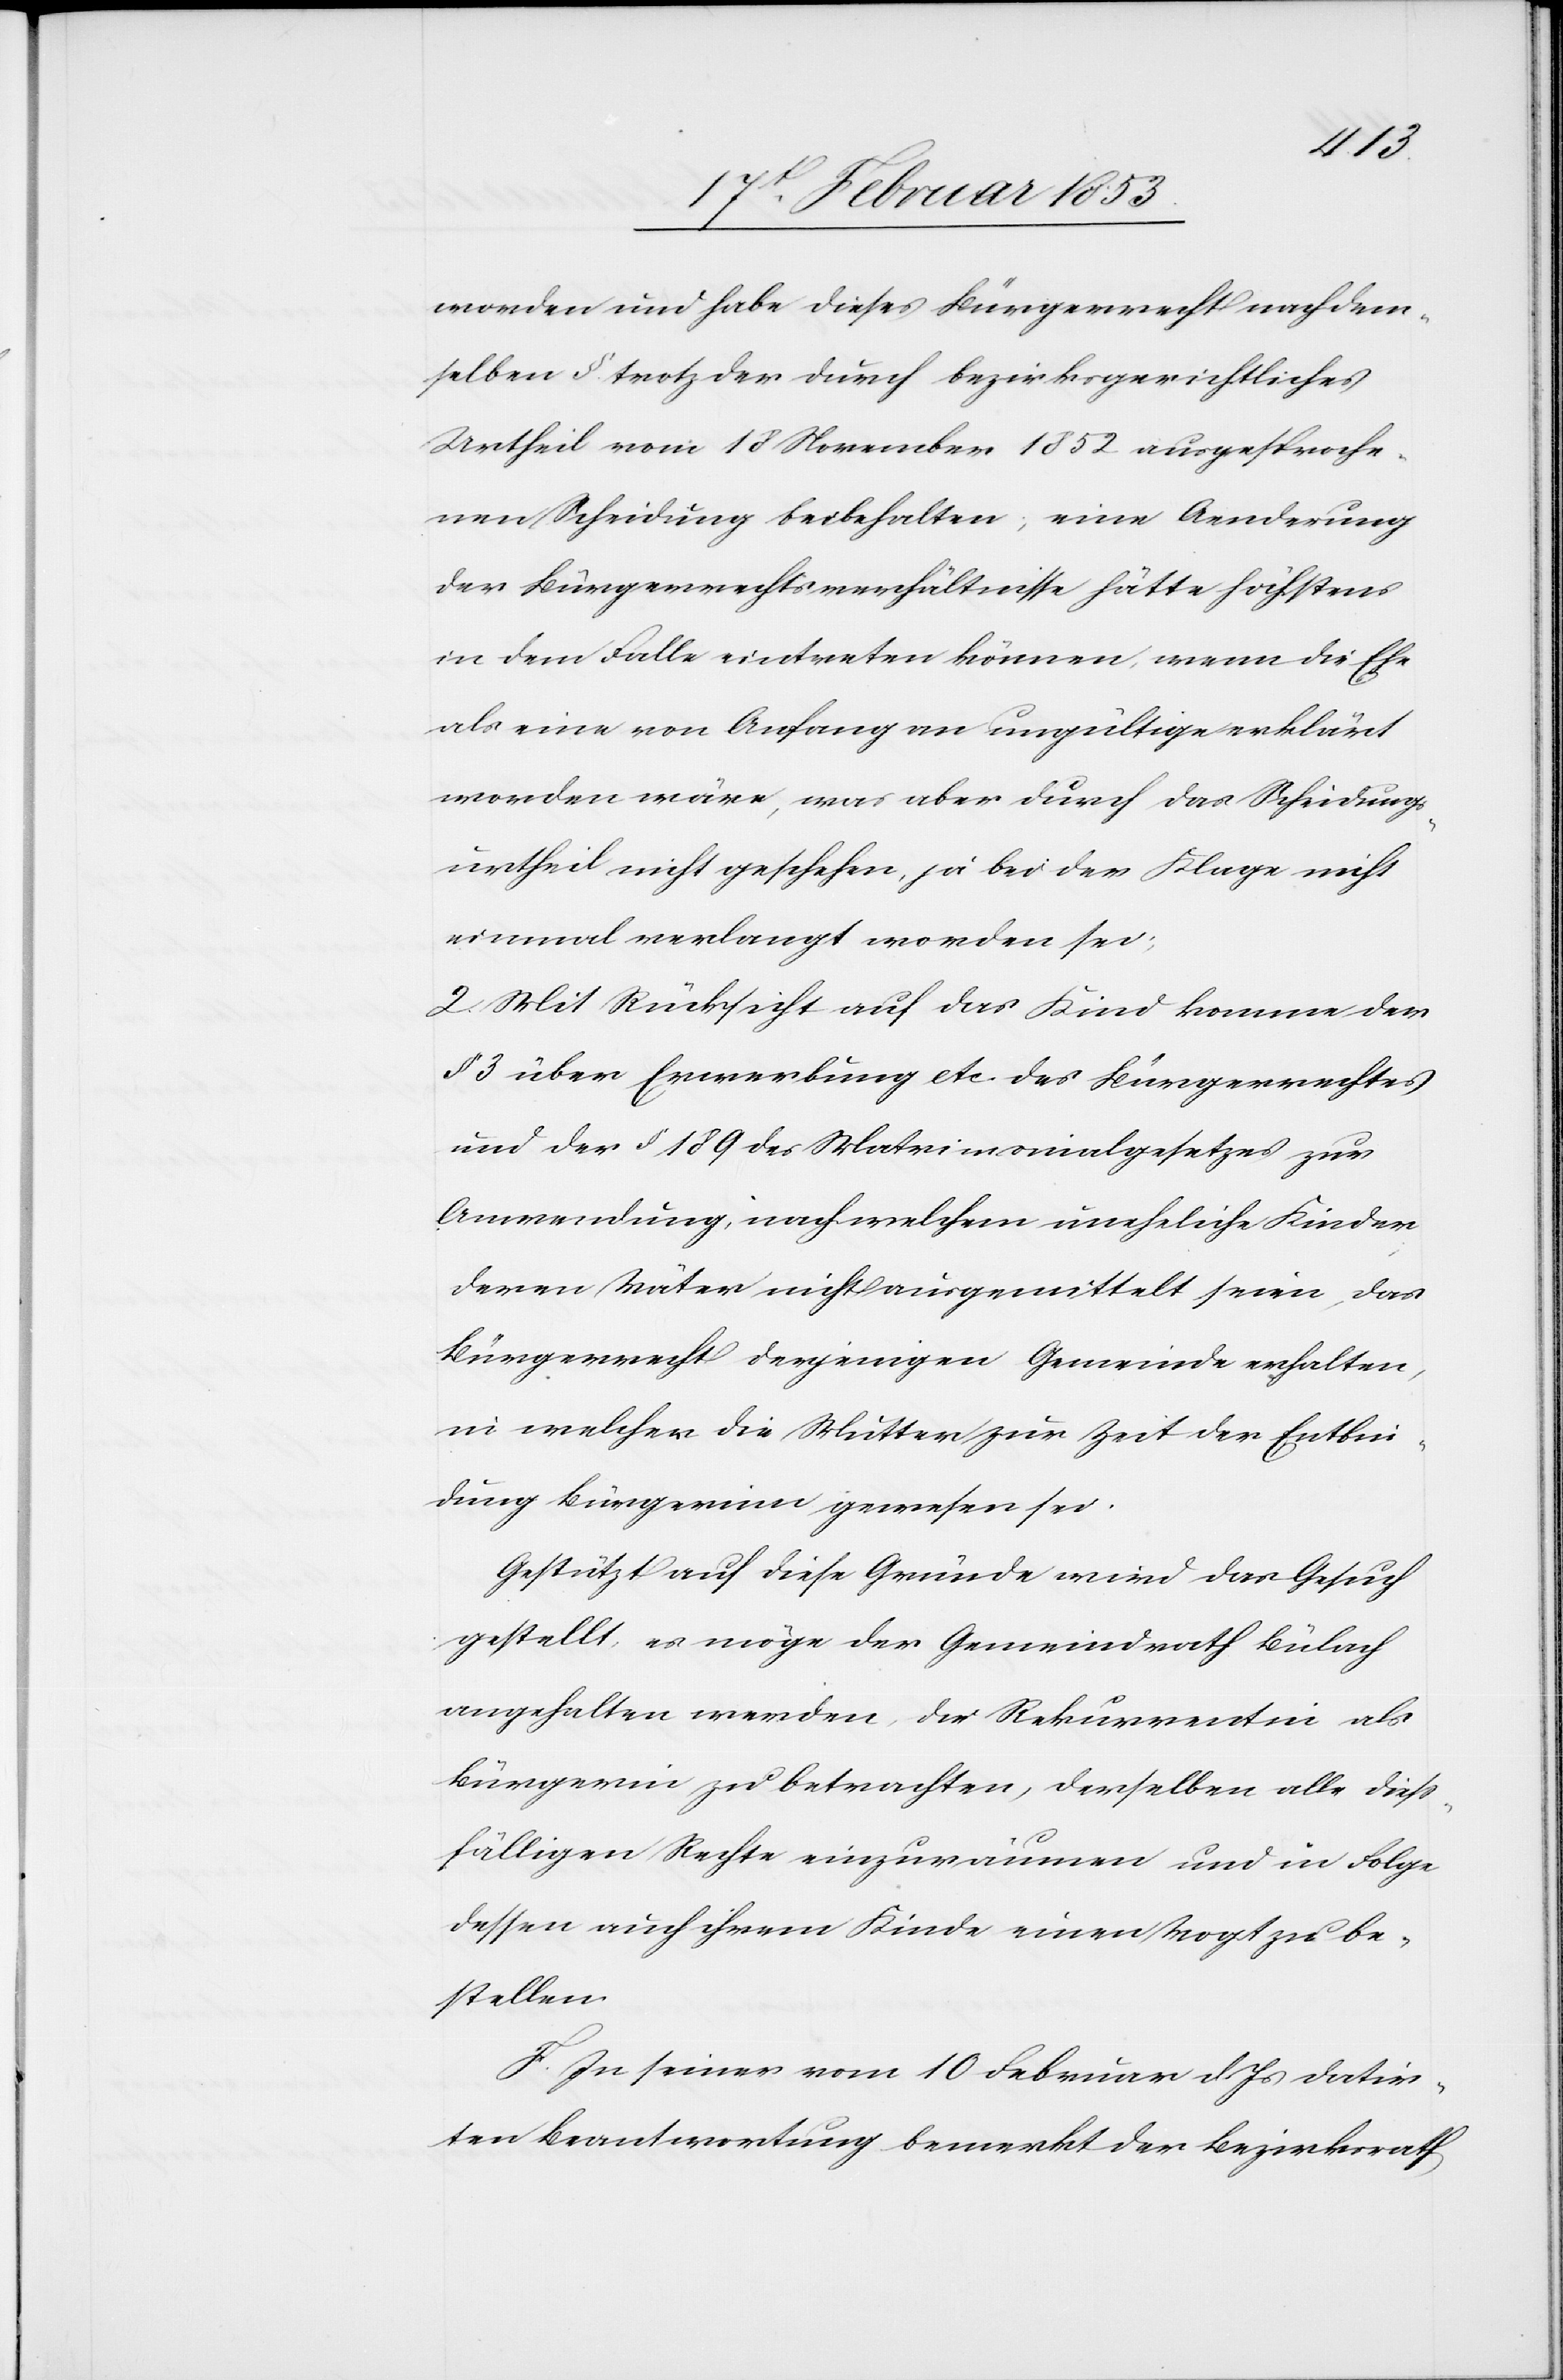
worden und habe dieses Bürgerrecht nach dem¬
selben § trotz der durch bezirksgerichtliches
Urtheil vom 18 November 1852 ausgesproche¬
nen Scheidung beibehalten, eine Aenderung
der Bürgerrechtsverhältnisse hätte höchstens
in dem Falle eintreten können, wenn die Ehe
als eine von Anfang an ungültige erklärt
worden wäre, was aber durch das Scheidungs¬
urtheil nicht geschehen, ja bei der Klage nicht
einmal verlangt worden sei;
2. Mit Rücksicht auf das Kind komme der
§ 3 über Erwerbung etc. des Bürgerrechtes
und der § 189 des Matrimonialgesetzes zur
Anwendung, nach welchem uneheliche Kinder
deren Väter nicht ausgemittelt seien, das
Bürgerrecht derjenigen Gemeinde erhalten,
in welcher die Mutter zur Zeit der Entbin¬
dung Bürgerinn gewesen sei.
Gestützt auf diese Gründe wird das Gesuch
gestellt, es möge der Gemeindrath Bülach
angehalten werden die Rekurrentin als
Bürgerinn zu betrachten, derselben alle dieß¬
fälligen Rechte einzuräumen und in Folge
dessen auch ihrem Kinde einen Vogt zu be¬
stellen.
F. In seiner vom 10 Februar d. Js. datir¬
ten Beantwortung bemerkt der Bezirksrath